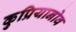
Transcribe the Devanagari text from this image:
कुप्रियानोव